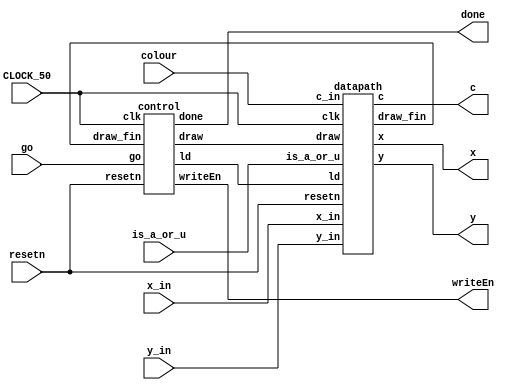
module square_coord(is_a_or_u, x_in, y_in, colour, resetn, CLOCK_50, go, writeEn, done, x, y, c);
	input [7:0] x_in;
	input [6:0] y_in;
	input [2:0] colour;
	input resetn, CLOCK_50, go, is_a_or_u;
        	
	output wire writeEn, done;
	output wire [7:0] x;
	output wire [6:0] y;
	output wire [2:0] c;
	
	wire draw_fin, ld, draw;
	
	
	control c0(CLOCK_50, resetn, go, draw_fin, ld, draw, writeEn, done);
	datapath d0(is_a_or_u, x_in, y_in, colour, CLOCK_50, resetn, ld, draw, draw_fin, x, y, c);
endmodule
	
module control(clk, resetn, go, draw_fin, ld, draw, writeEn, done);

	input clk, resetn, go, draw_fin;
	
	output reg ld, draw, writeEn, done;
	
	reg [2:0] current_state, next_state;
	
	localparam 	S_LOAD = 3'd0,
					S_LOAD_WAIT = 3'd1,
					S_DRAW = 3'd2,
					S_DRAW_WAIT = 3'd3,
					S_DONE = 3'd4;
					
	// Next state logic aka state table
	always@(*)
	begin: state_table
		case (current_state)
			S_LOAD: next_state = go? S_LOAD_WAIT: S_LOAD;
			S_LOAD_WAIT: next_state = S_DRAW;
			S_DRAW: next_state = draw_fin ? S_DRAW_WAIT: S_DRAW;
			S_DRAW_WAIT: next_state = S_DONE;
			S_DONE: next_state = S_LOAD;
			default: next_state = S_LOAD;
		endcase
	end
	
	always @(*)
	begin: enable_signals
		ld = 1'b0;
		draw = 1'b0;
		writeEn = 1'b0;
		done = 1'b0;
		
		case (current_state)
			S_LOAD_WAIT: begin
				ld = 1'b1;
				end
			S_DRAW: begin
				draw = 1'b1;
				writeEn = 1'b1;
				end
			S_DRAW_WAIT: writeEn = 1'b1;
			S_DONE: done = 1'b1;
		endcase
	end
	
	// current_state registers
	always@(posedge clk)
	begin: state_FFs
		if(!resetn)
			current_state <= S_LOAD;
		else
			current_state <= next_state;
	end
endmodule

module datapath(is_a_or_u, x_in, y_in, c_in, clk, resetn, ld, draw, draw_fin, x, y, c);

	input clk, resetn, ld, draw, is_a_or_u;
	input [7:0] x_in;
	input [6:0] y_in;
	input [2:0] c_in;
	
	output draw_fin;
	output reg [7:0] x;
	output reg [6:0] y;
	output reg [2:0] c;

	wire [3:0] p;
	reg [7:0] x_org;
	reg [6:0] y_org;
	reg [2:0] c_org;
       // reg [2:0] c_u, c_a, c_final;

	up_counter u0(p, clk, resetn, draw);

	always@(posedge clk) begin
		if (!resetn) begin
			x_org <= 8'b0;
			y_org <= 7'b0;
			c_org <= 3'b0;
		end
		else if (ld) begin
			x_org <= x_in;
			y_org <= y_in;
			c_org <= c_in;
		end
		else begin
			x_org <= x_org;
			y_org <= y_org;
			c_org <= c_org;
		end
	end
 
  /*      always@(posedge clk) begin
                if (!resetn) begin
                    c_u <= 3'b0;
                end else if ((p[1:0] == 2'd0 && p[3:2] == 2'd0) || 
                             (p[1:0] == 2'd0 && p[3:2] == 2'd1) ||
                             (p[1:0] == 2'd0 && p[3:2] == 2'd2) ||
                             (p[1:0] == 2'd3 && p[3:2] == 2'd0) ||
                             (p[1:0] == 2'd3 && p[3:2] == 2'd1) ||
                             (p[1:0] == 2'd3 && p[3:2] == 2'd2)) begin
                    c_u <= 3'b0;
                end else begin
                    c_u <= c_org;
                end
        end*/

/*        always@(posedge clk) begin
                if (!resetn) begin
                    c_final <= 3'b0;
                end else if (is_a_or_u) 
                    c_final <= c_a;
                end else if (!is_a_or_u)
                    c_final <= c_u;
                end else
                    c_final <= c_org;*/

/*        always@(posedge clk) begin
                if (!resetn) begin
                    c_a <= 3'b0;
                end else if ((p[1:0] == 2'd0 && p[3:2] == 2'd0) ||
                             (p[1:0] == 2'd0 && p[3:2] == 2'd3) ||
                             (p[1:0] == 2'd3 && p[3:2] == 2'd0) ||
                             (p[1:0] == 2'd3 && p[3:2] == 2'd3))
                    c_a <= 3'b0;
                end else begin
                    c_a <= c_org;*/

        /*always@(posedge clk) begin
                if (!resetn) begin
                    c_final <= 3'b0;
                end else if (is_a_or_u)
                    c_final <= c_a;
                end else if (!is_a_or_u)
                    c_final <= c_u;
                end else
                    c_final <= c_org;*/
       
	
	always@(posedge clk) begin
		if (!resetn) begin
			x <= 8'b0;
			y <= 7'b0;
			c <= 3'b0;
		end else if (draw) begin
			x <= x_org + p[1:0];
			y <= y_org + p[3:2];
                        if (is_a_or_u) begin
                            if ((p[1:0] == 2'd0 && p[3:2] == 2'd0) ||
                                (p[1:0] == 2'd0 && p[3:2] == 2'd3) ||
                                (p[1:0] == 2'd3 && p[3:2] == 2'd0) ||
                                (p[1:0] == 2'd3 && p[3:2] == 2'd3)) begin 
                                     c <= 3'b0;
                            end else begin 
                                     c <= c_org;
                            end
                        end else if (!is_a_or_u) begin
                             if ((p[1:0] == 2'd0 && p[3:2] == 2'd0) ||
                                 (p[1:0] == 2'd0 && p[3:2] == 2'd1) ||
                                 (p[1:0] == 2'd0 && p[3:2] == 2'd2) ||
                                 (p[1:0] == 2'd3 && p[3:2] == 2'd0) ||
                                 (p[1:0] == 2'd3 && p[3:2] == 2'd1) ||
                                 (p[1:0] == 2'd3 && p[3:2] == 2'd2)) begin 
                                     c <= 3'b0;
                             end else begin 
                                     c <= c_org;
                             end
     
                        end else begin 
                                     c <= c_org;
                        end   
//			c <= c_final;
   
		end else begin
			x <= x;
			y <= y;
			c <= c;
		end
	end
	
	assign draw_fin = (p == 4'b0);
	
endmodule

module up_counter(out, clk, resetn, enable);
	input clk, resetn, enable;
	output reg [3:0] out;

	always@(posedge clk) begin
	if (!resetn) 
		out <= 4'b0;
	else if (out == 4'b1111) 
		out <= 4'b0;
	else if (enable)
		out <= out + 1'b1;
	else
		out <= out;
	end
endmodule